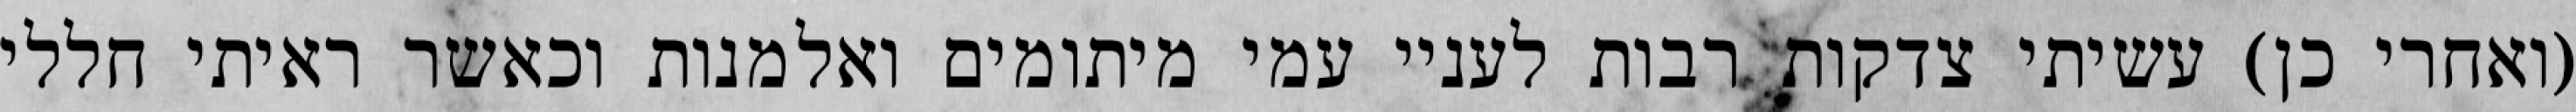
(ואחרי כן) עשיתי צדקות רבות לעניי עמי מיתומים ואלמנות וכאשר ראיתי חללי